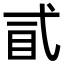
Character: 𢎈